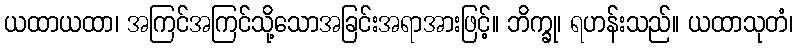
ယထာယထာ၊ အကြင်အကြင်သို့သောအခြင်းအရာအားဖြင့်။ ဘိက္ခု၊ ရဟန်းသည်။ ယထာသုတံ၊